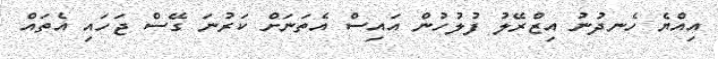
އިއްޔެ ހެނދުނު އިޒްރޭލު ފުލުހުން އައިސް އެތަނަށް ކަރުނަ ގޭސް ޖަހައި އެތައް